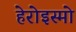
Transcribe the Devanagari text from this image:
हेरोइस्मो